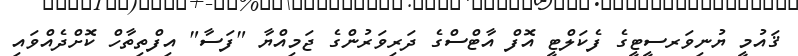
ޤައުމީ ޔުނިވަރސީޓީގެ ފެކަލްޓީ އޮފް އާޓްސްގެ ދަރިވަރުންގެ ޖަމިއްޔާ "ފަސާ" އިފްތިތާހް ކޮށްދެއްވައި